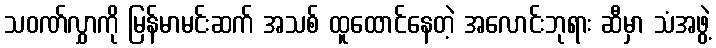
သဝဏ်လွှာကို မြန်မာမင်းဆက် အသစ် ထူထောင်နေတဲ့ အလောင်းဘုရား ဆီမှာ သံအဖွဲ့